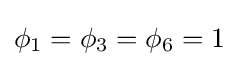
\phi _{1}=\phi _{3}=\phi _{6}=1